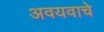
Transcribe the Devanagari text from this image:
अवयवाचे